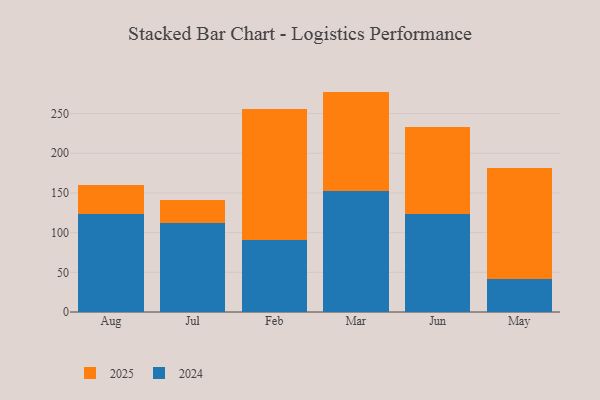
{"axis": {"x": "Month", "y": "Production Output"}, "legend": ["2024", "2025"], "data": [{"x": "Aug", "y": 123.2, "type": "2024"}, {"x": "Aug", "y": 37.2, "type": "2025"}, {"x": "Jul", "y": 112.3, "type": "2024"}, {"x": "Jul", "y": 29.3, "type": "2025"}, {"x": "Feb", "y": 90.1, "type": "2024"}, {"x": "Feb", "y": 165.3, "type": "2025"}, {"x": "Mar", "y": 152.0, "type": "2024"}, {"x": "Mar", "y": 125.7, "type": "2025"}, {"x": "Jun", "y": 122.9, "type": "2024"}, {"x": "Jun", "y": 109.7, "type": "2025"}, {"x": "May", "y": 41.7, "type": "2024"}, {"x": "May", "y": 139.5, "type": "2025"}]}